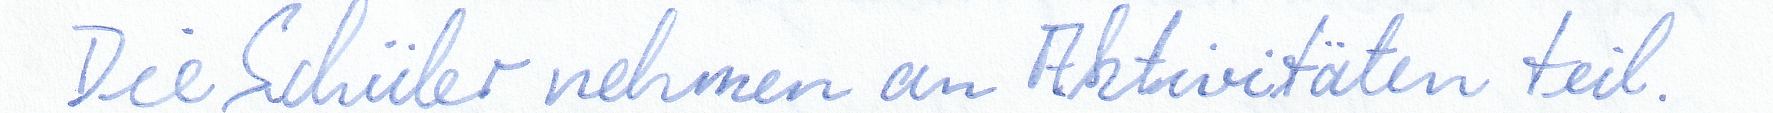
Die Schüler nehmen an Aktivitäten teil.